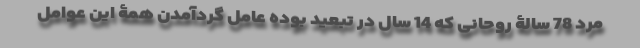
مرد 78 سالۀ روحانی که 14 سال در تبعید بوده عامل گردآمدن همۀ این عوامل